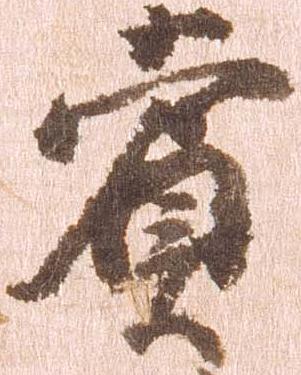
賞